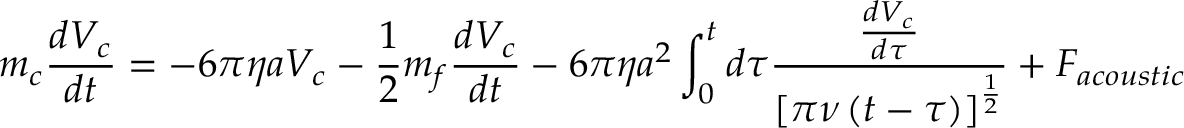
m _ { c } \frac { d V _ { c } } { d t } = - 6 \pi \eta a V _ { c } - \frac { 1 } { 2 } m _ { f } \frac { d V _ { c } } { d t } - 6 \pi \eta a ^ { 2 } \int _ { 0 } ^ { t } d \tau \frac { \frac { d V _ { c } } { d \tau } } { \left[ \pi \nu \left( t - \tau \right) \right] ^ { \frac { 1 } { 2 } } } + F _ { a c o u s t i c }